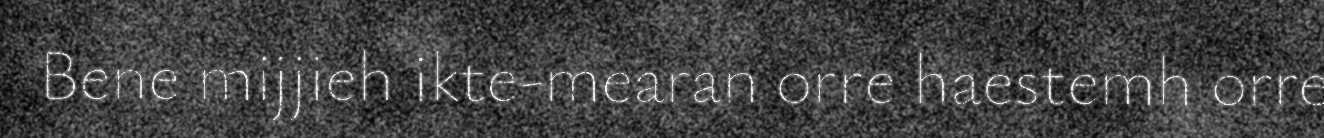
Bene mijjieh ikte-mearan orre haestemh orre